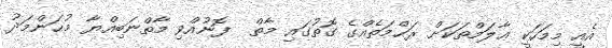
އެއީ މިމަހަކީ ޢާލަމްތަކަށް ރަޙްމަތެއްގެ ގޮތުގައި މާތް  ފޮނުއްވި މާތްނަބިއްޔާ މުޙަންމަދު